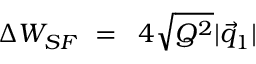
\Delta W _ { S F } \, \, = \, \, \, 4 \sqrt { Q ^ { 2 } } | \vec { q } _ { 1 } | \, \,